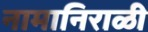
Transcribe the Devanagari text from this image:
नामानिराळी